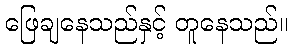
ဖြေချနေသည်နှင့် တူနေသည်။